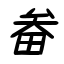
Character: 畚